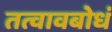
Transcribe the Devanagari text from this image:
तत्वावबोधं